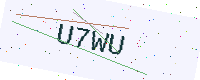
Text: U7WU